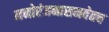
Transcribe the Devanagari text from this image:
मनोरंजनासमवेतच